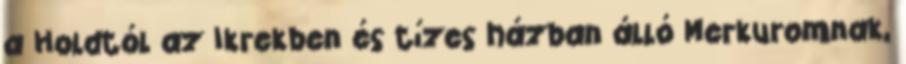
a Holdtól az Ikrekben és tízes házban álló Merkuromnak,